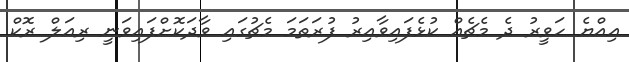
އިއްޔެ ހަވީރު ދެ މެޗެއް ކުޅެފައިވާއިރު ފުރަތަމަ މެޗުގައި ވާދަކޮށްފައިވަނީ ރިއަލް ރޮކް